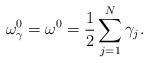
LaTeX: \begin{align*} \omega^0_\gamma=\omega^0=\frac{1}{2} \sum_{j=1}^N \gamma_j.\end{align*}